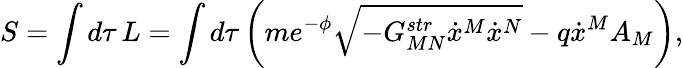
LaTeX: S=\int d\tau\, L=\int d\tau\left(me^{-\phi}\sqrt{-G_{MN}^{str}\dot{x}^{M}\dot{x}^{N}}-q\dot{x}^{M}A_{M}\right),